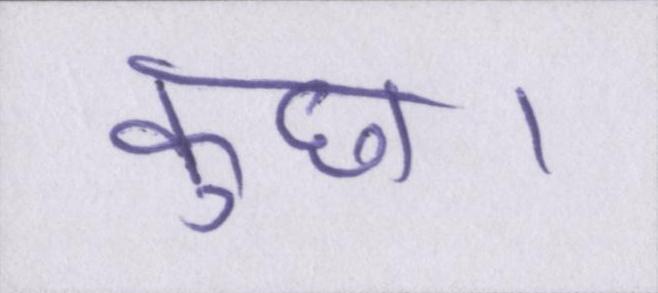
कुछ।